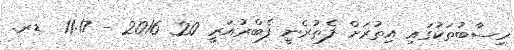
ހިސާބުތަކުގައި އިތުރަށް ފެތުރެނީ ފެބްރުއަރީ 20